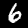
Label: 6